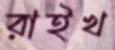
রাইখ